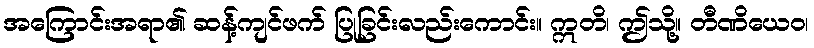
အကြောင်းအရာ၏ ဆန့်ကျင်ဖက် ပြုခြင်းလည်းကောင်း။ ဣတိ၊ ဤသို့။ တီဏိယေဝ၊